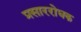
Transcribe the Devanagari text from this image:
प्रसाररोधक